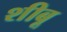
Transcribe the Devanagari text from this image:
शीबू